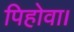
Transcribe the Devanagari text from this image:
पिहोवा।